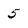
Character: 5